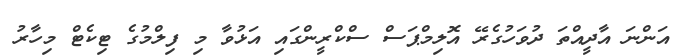
އަންނަ އާދީއްތަ ދުވަހުގެރޭ އޮލިމްޕަސް ސްކްރީންގައި އަޅުވާ މި ފިލްމުގެ ޓިކެޓް މިހާރު